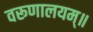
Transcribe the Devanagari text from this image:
वरूणालयम्॥